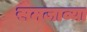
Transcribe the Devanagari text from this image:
समजाव्या